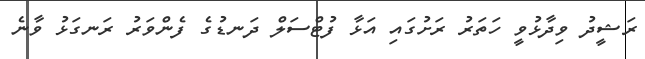
ރަޝީދު ވިދާޅުވީ ހަތަރު ރަށުގައި އަޅާ ފުޓްސަލް ދަނޑުގެ ފެންވަރު ރަނގަޅު ވާނެ